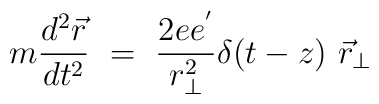
m{d^2 \vec r \over dt^2}~=~{2ee^{'} \over r^2_\perp} \delta(t-z){}~{\vec r}_{\perp}